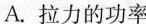
A.拉力的功率